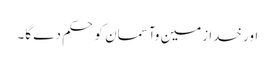
اور خدا زمین وآسمان کو حکم دے گا۔